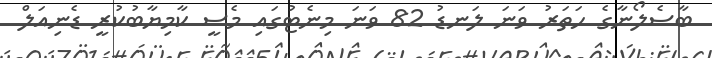
ބާސެލޯނާގެ ހަތަރު ވަނަ ލަނޑު 82 ވަނަ މިނެޓުގައި މެސީ ކާމިޔާބުކުރީ ޑެނިއަލް